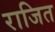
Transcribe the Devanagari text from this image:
राजित